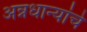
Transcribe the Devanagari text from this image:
अन्नधान्यांचे